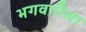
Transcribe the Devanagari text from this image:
भगवतीला